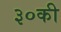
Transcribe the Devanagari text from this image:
३०की